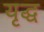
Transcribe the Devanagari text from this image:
यृद्ध